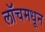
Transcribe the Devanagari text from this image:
लॉचमधून